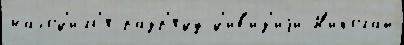
наход'и́лс'я разр'я́ду д'ив'и́з'иjи Н'икола́й